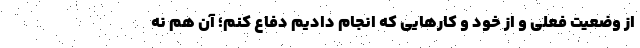
از وضعیت فعلی و از خود و کارهایی که انجام دادیم دفاع کنم؛ آن هم نه